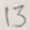
Text: 13